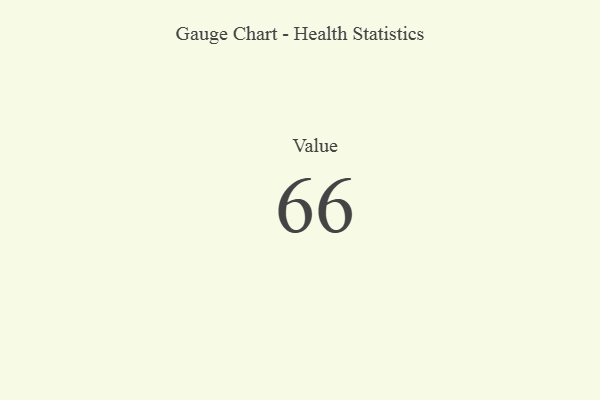
{"axis": {"x": "Metric", "y": "Value"}, "legend": [""], "data": [{"x": "Value", "y": 66, "type": ""}]}